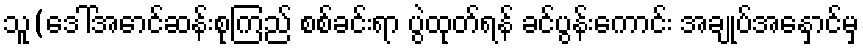
သူ(ဒေါ်အောင်ဆန်းစုကြည် စစ်ခင်းရာ ပွဲထုတ်ရန် ခင်ပွန်းကောင်း အချုပ်အနှောင်မှ